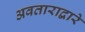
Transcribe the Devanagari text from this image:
अवताराद्वारे